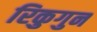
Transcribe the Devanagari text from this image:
रिकुगुन